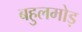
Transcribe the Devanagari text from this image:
बहुलमोड़